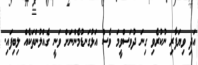
އަދި ވިޔަފާރި ނުކުރެވި ގިނަ ދުވަސްވީމަ ވެސް އަޅުގަނޑުމެންނަށް ވަނީ ގެއްލުންތަކެއް ލިބިފައި.